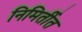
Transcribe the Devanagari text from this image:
निमिर्तीत